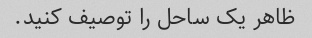
ظاهر یک ساحل را توصیف کنید.